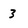
Character: 3